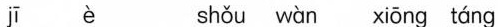
jī è shǒu wàn xiōng táng